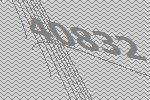
40832